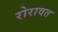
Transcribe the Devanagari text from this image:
रोरावत